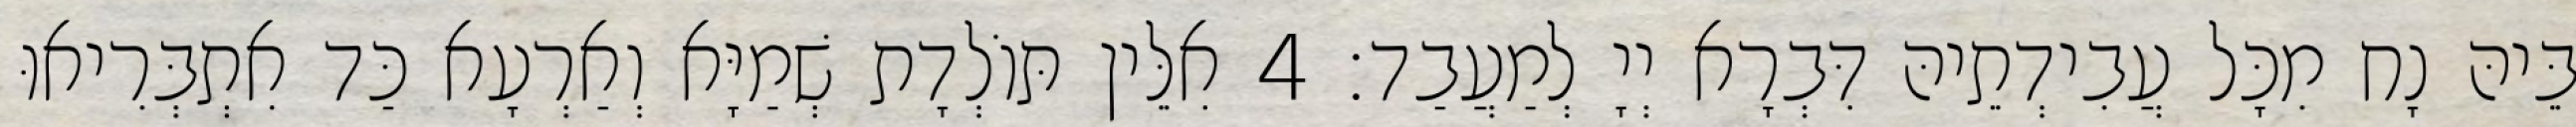
בֵּיהּ נָח מִכָּל עֲבִידְתֵיהּ דִּבְרָא יְיָ לְמַעֲבַד׃ 4 אִלֵּין תּוֹלְדָת שְׁמַיָּא וְאַרְעָא כַּד אִתְבְּרִיאוּ